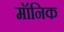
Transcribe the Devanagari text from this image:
मॉनिक